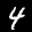
Label: 4